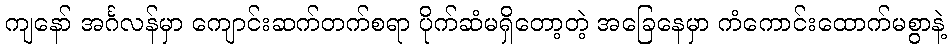
ကျနော် အင်္ဂလန်မှာ ကျောင်းဆက်တက်စရာ ပိုက်ဆံမရှိတော့တဲ့ အခြေနေမှာ ကံကောင်းထောက်မစွာနဲ့